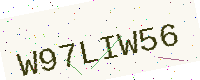
Text: W97LIW56